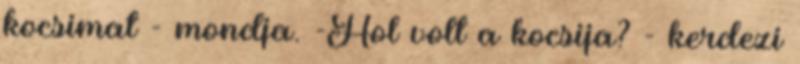
kocsimat - mondja. -Hol volt a kocsija? - kerdezi